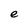
Character: e